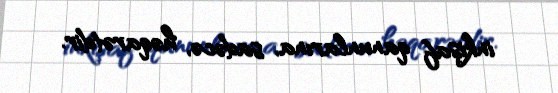
inkişaf qanunlarına, sadəcə, həqarətdir.